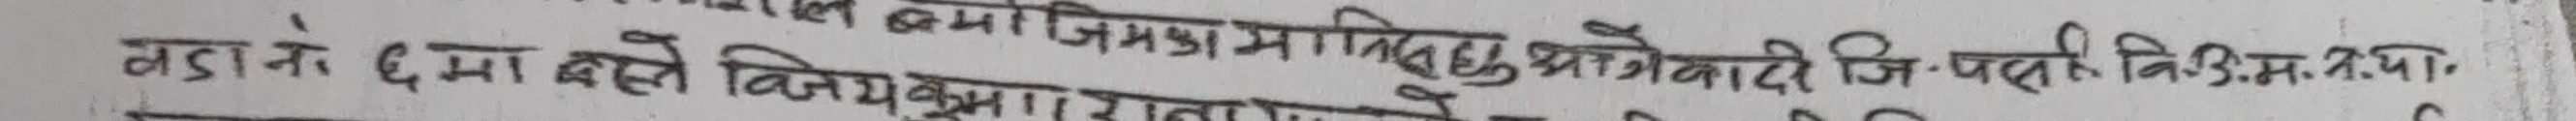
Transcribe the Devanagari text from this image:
मडानले ६मा बस्ते विजयकुमा रायमाझीले लेखेको आवेदनहरुको आवेस